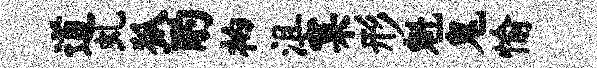
道虬狐酌衲沮窠形魁鬼愉